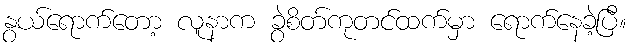
နွယ်ရောက်တော့ လူနာက ခွဲစိတ်ကုတင်ထက်မှာ ရောက်နေခဲ့ပြီ။